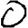
Digit: 0